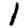
Digit: 1